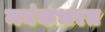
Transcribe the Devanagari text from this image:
मयंकभरत